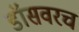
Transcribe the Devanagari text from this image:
डॉसवरच